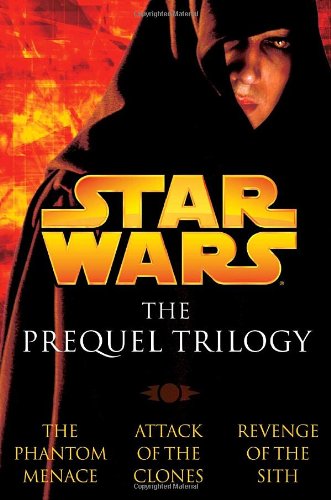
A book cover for Star Wars: The Prequel Trilogy (Episodes I, II & III); Terry Brooks; Science Fiction & Fantasy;